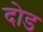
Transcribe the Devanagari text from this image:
दोड